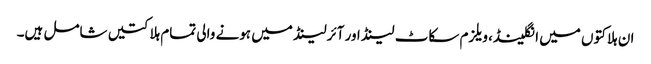
ا ن ہلاکتوں میں انگلینڈ، ویلزم سکاٹ لینڈ اور آئرلینڈ میں ہونے والی تمام ہلاکتیں شامل ہیں۔